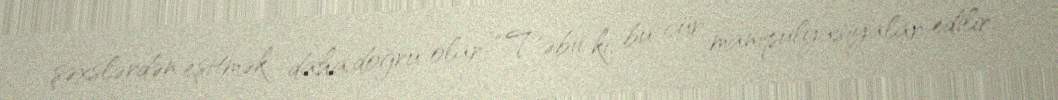
şəxslərdən eşitmək daha doğru olar: “Təbii ki, bu cür manipulyasiyalar edilir.